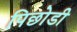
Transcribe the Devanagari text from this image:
पिछोडी